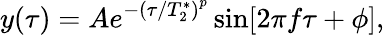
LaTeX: y(\tau)=Ae^{-\left(\tau/T_{2}^{*}\right)^{p}}\sin[2\pi f\tau+\phi],